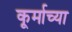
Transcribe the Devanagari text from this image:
कूर्माच्या